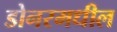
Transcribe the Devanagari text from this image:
डोनरमधील